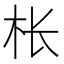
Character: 枨